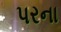
પરના